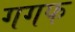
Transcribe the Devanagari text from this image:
गगफ